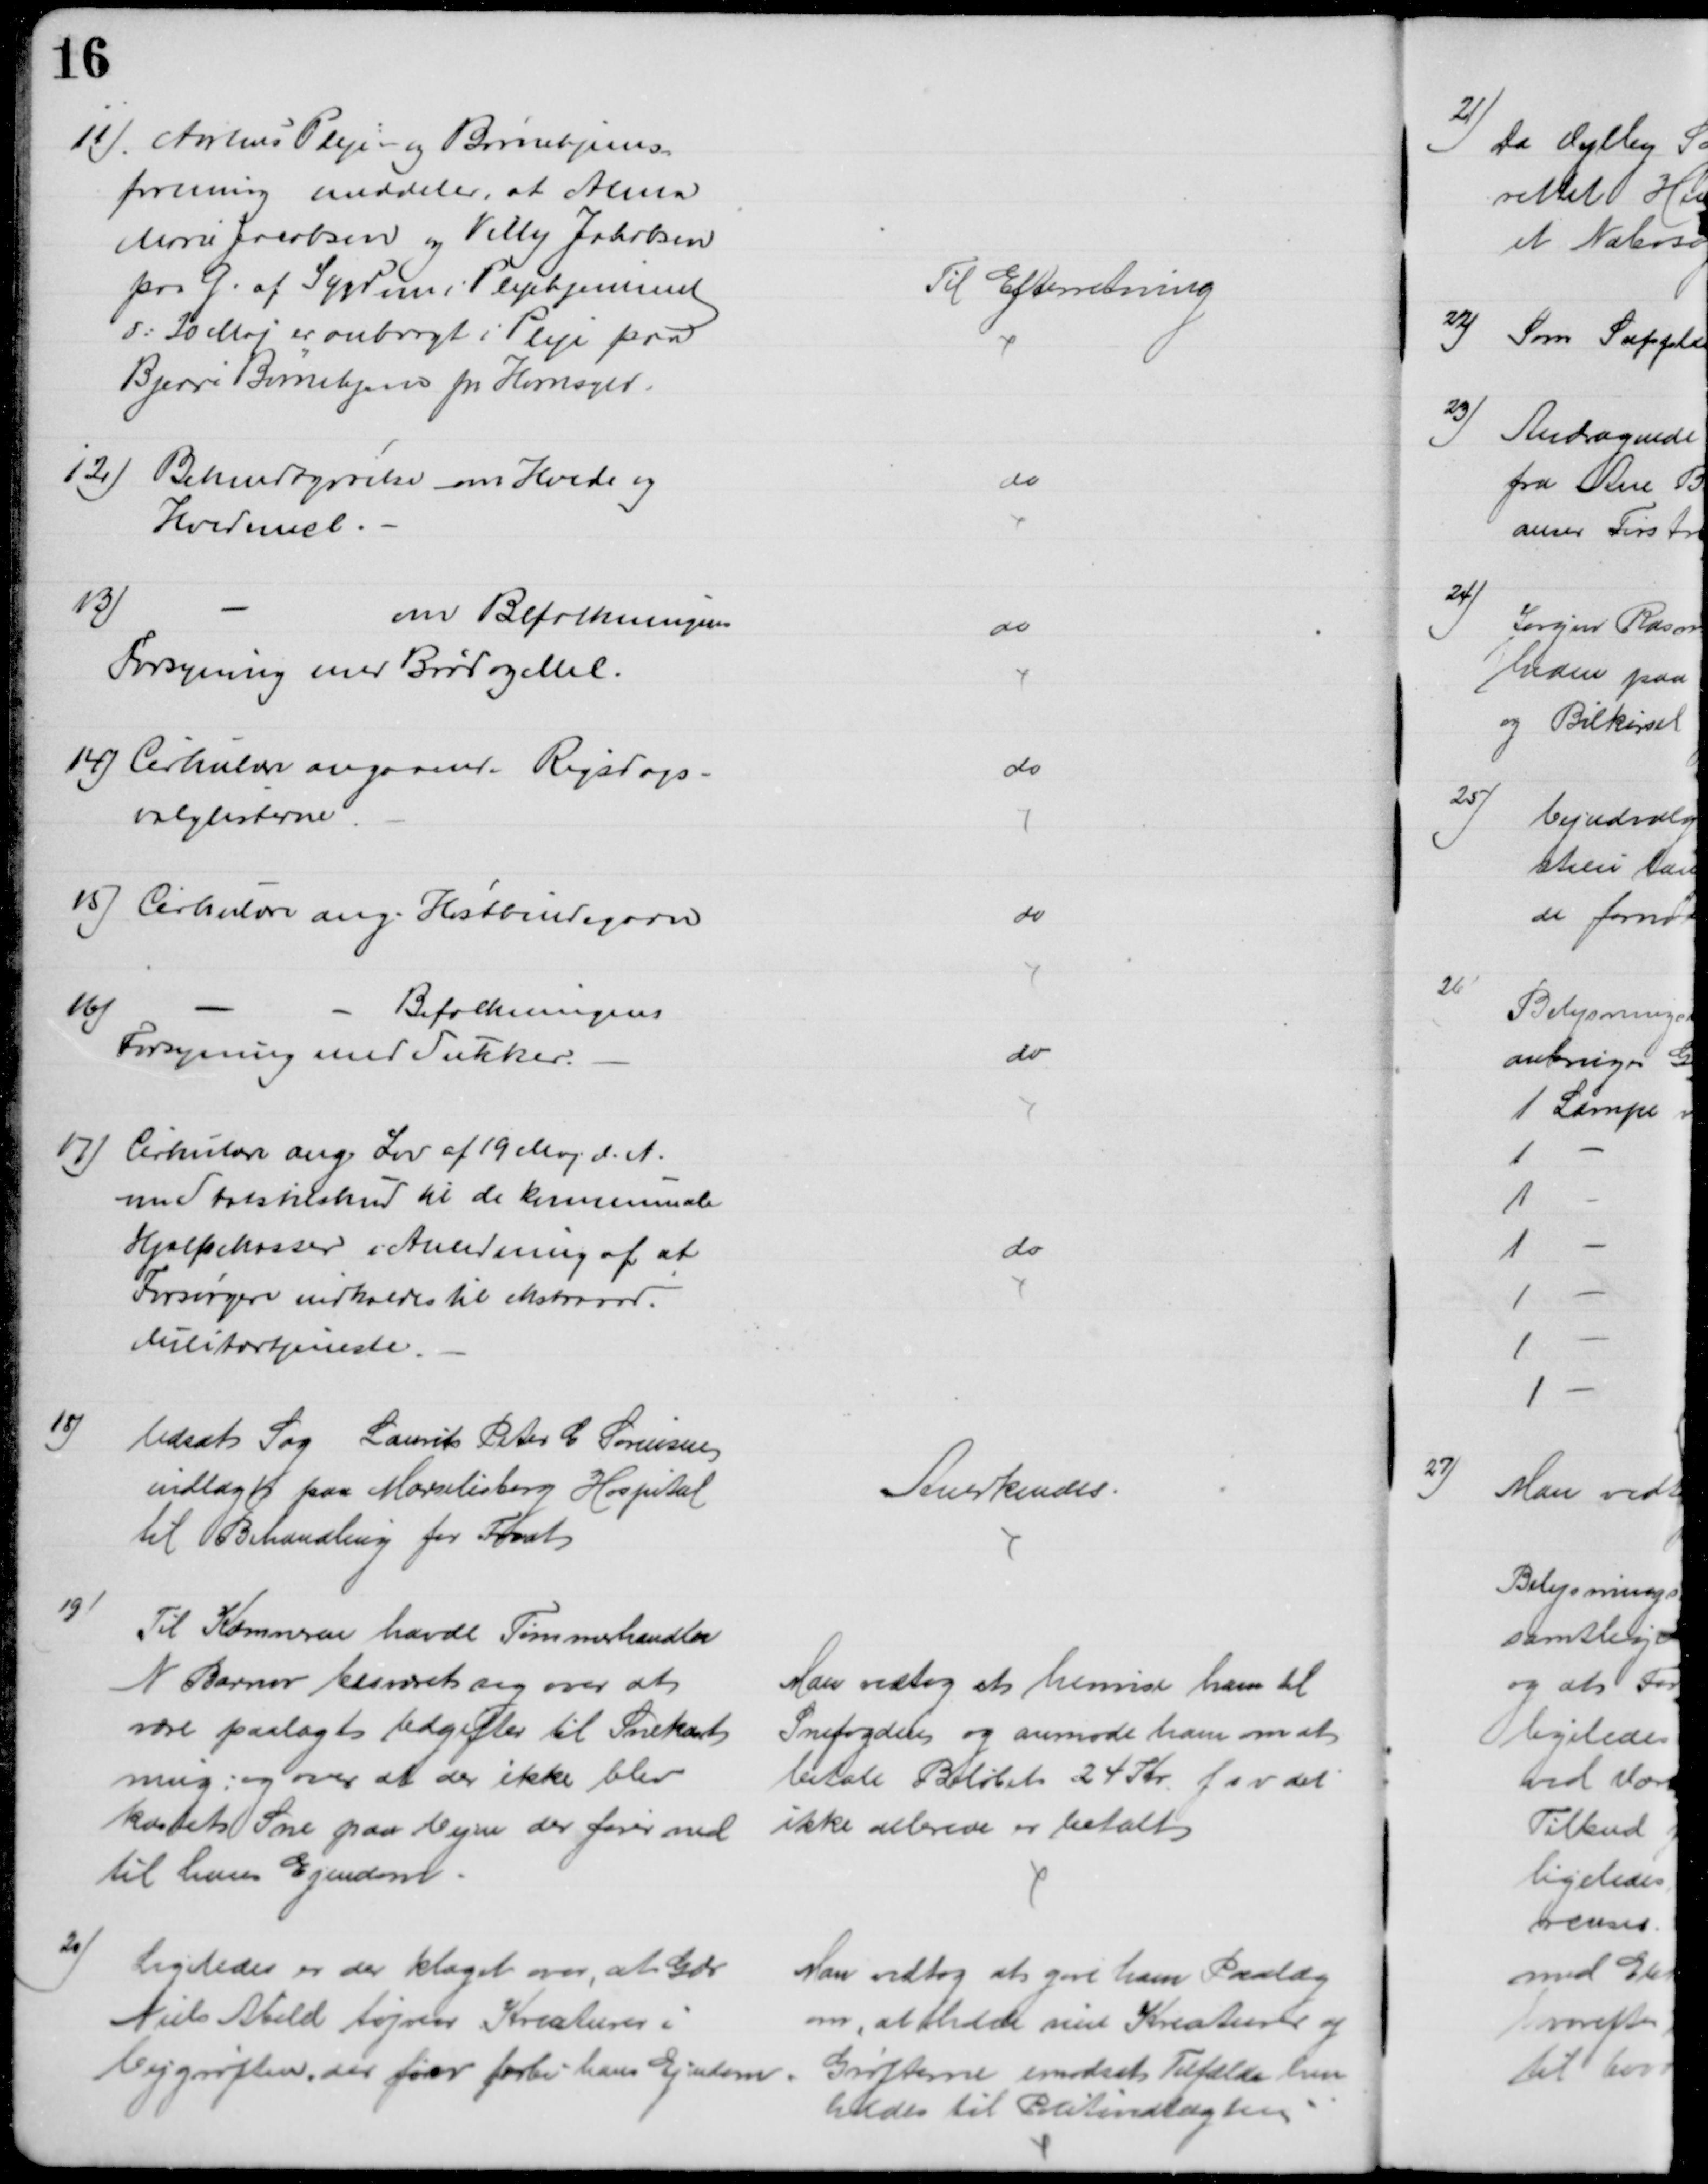
Transskription:
11). Aarhus Pleje- og Børnehjems-
forening meddeler, at Alma
Marie Jacobsen og Villy Jakobsen
paa G. af Sygdom i Plejehjemmet
d: 20 Maj er anbragt i Pleje paa
Bjerre Børnehjem pr. Hornsyld.
Til Efterretning
12)
Bekendtgørelse om Hvede og
Hvedemel.
do
13)
om Befolkningens
Forsyning med Brød og Mel.
do
14) Cirkulære angaaende Rigsdags-
valglisterne.
do
15) Cirkulære ang. Høstbindegarn
do
16)
Befolkningens
Forsyning med Sukker.
do
17) Cirkulære ang. Lov af 19 Maj d. A.
om Statstilskud til de kommunale
Hjælpekasser i Anledning af at
Forsørgere indkaldes til ekstraord.
Militærtjeneste.
do
18)
Udsat Sag Laurits Peter C Sørensen
indlagt paa Marselisborg Hospital
til Behandling for Fnat
Anerkendes.
19)
Til Kæmneren havde Tømmerhandler
N Barnow besværet sig over at 
være paalagt Udgifter til Snekast
ning; og over at der ikke blev
kastet Sne paa Vejen der fører ned
til hans Ejendom.
Man vedtog at henvise ham til
Snefogden og anmode ham om at 
betale Beløbet 24 Kr. f s v det
ikke allerede er betalt
20)
Ligeledes er der klaget over, at Gdr
Niels Abild tøjrer Kreaturer i
Vejgrøften, der fører forbi hans Ejendom.
Man vedtog at give ham Paalæg
om, at holde sine Kreaturer og
Grøfterne imodsat Tilfælde hen
holdes til Politivedtægten